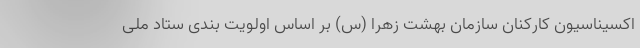
اکسیناسیون کارکنان سازمان بهشت زهرا (س) بر اساس اولویت بندی ستاد ملی